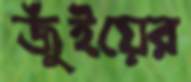
জুঁইয়ের